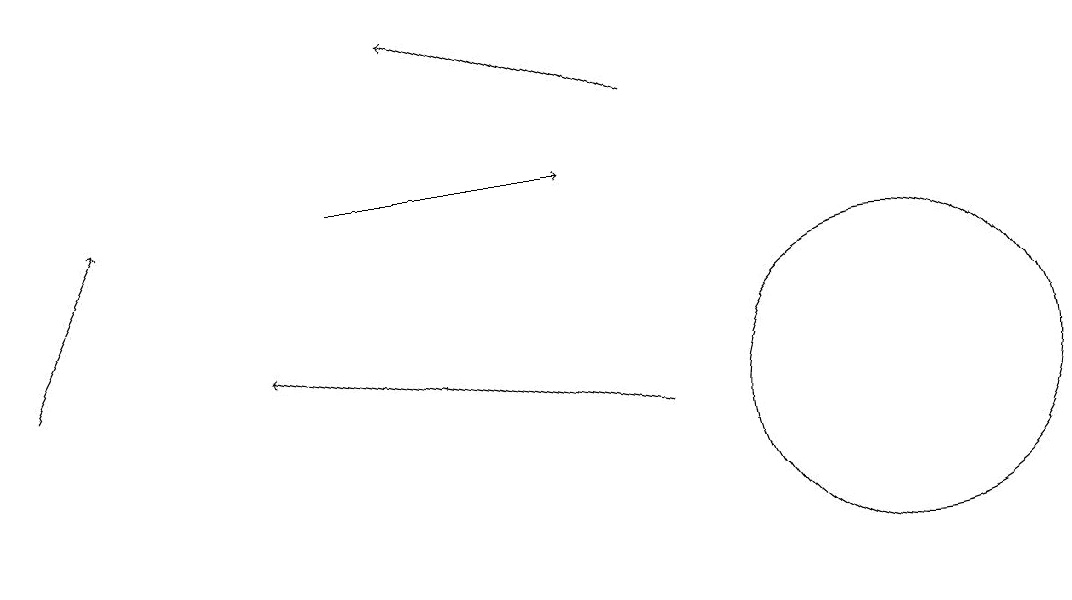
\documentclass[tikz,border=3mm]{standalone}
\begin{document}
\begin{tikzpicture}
\draw[->] (5,13) -- (8,13);
\draw[->] (1,11) -- (2,13);
\draw[->] (9,14) -- (6,15);
\draw[->] (9,10) -- (4,11);
\draw (12,10) circle (2);
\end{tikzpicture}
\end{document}